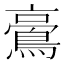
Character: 𪁚